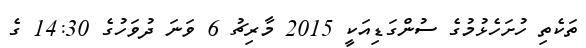
ތަކެތި ހުށަހެޅުމުގެ ސުންގަޑިއަކީ 2015 މާރިޗު 6 ވަނަ ދުވަހުގެ 14:30 ގެ